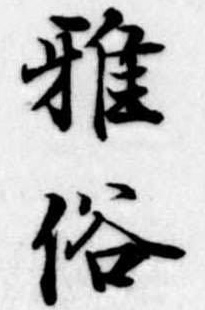
雅俗